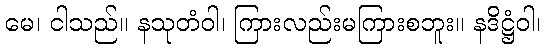
မေ၊ ငါသည်။ နသုတံဝါ၊ ကြားလည်းမကြားစဘူး။ နဒိဋ္ဌံဝါ၊